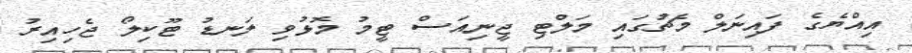
އިއްޔެގެ ފައިނަލް މެޗުގައި މަލްޓި ޖީނިއަސް ޓީމު މޮޅުވި ލަނޑު ޓޫކިލޯ ޖެހިއިރު